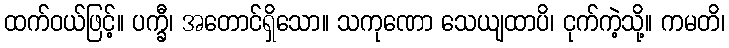
ထက်ဝယ်ဖြင့်။ ပက္ခီ၊ အတောင်ရှိသော။ သကုဏော သေယျထာပိ၊ ငုက်ကဲ့သို့။ ကမတိ၊